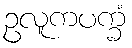
ဥလူကပက္ခံ